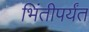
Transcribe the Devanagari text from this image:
भिंतीपर्यंत